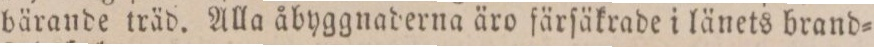
bärande träd. Alla åbyggnaderna äro färſäkrade i länets brand=